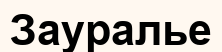
Зауралье